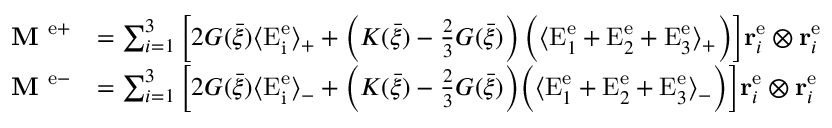
\begin{array} { r l } { \textbf { M } ^ { \mathrm { e + } } } & { = \sum _ { i = 1 } ^ { 3 } \bigg [ 2 G ( \bar { \xi } ) \langle \mathrm { E } _ { \mathrm { i } } ^ { \mathrm { e } } \rangle _ { + } + \left( K ( \bar { \xi } ) - \frac { 2 } { 3 } G ( \bar { \xi } ) \right) \bigg ( \langle \mathrm { E } _ { 1 } ^ { \mathrm { e } } + \mathrm { E } _ { 2 } ^ { \mathrm { e } } + \mathrm { E } _ { 3 } ^ { \mathrm { e } } \rangle _ { + } \bigg ) \bigg ] { \bf r } _ { i } ^ { \mathrm { e } } \otimes { \bf r } _ { i } ^ { \mathrm { e } } } \\ { \textbf { M } ^ { \mathrm { e - } } } & { = \sum _ { i = 1 } ^ { 3 } \Big [ 2 G ( \bar { \xi } ) \langle \mathrm { E } _ { \mathrm { i } } ^ { \mathrm { e } } \rangle _ { - } + \Big ( K ( \bar { \xi } ) - \frac { 2 } { 3 } G ( \bar { \xi } ) \Big ) \Big ( \langle \mathrm { E } _ { 1 } ^ { \mathrm { e } } + \mathrm { E } _ { 2 } ^ { \mathrm { e } } + \mathrm { E } _ { 3 } ^ { \mathrm { e } } \rangle _ { - } \Big ) \Big ] { \bf r } _ { i } ^ { \mathrm { e } } \otimes { \bf r } _ { i } ^ { \mathrm { e } } } \end{array}